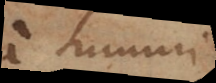
a summi